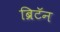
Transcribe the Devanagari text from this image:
ब्रिटॅन